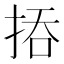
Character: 㧷